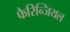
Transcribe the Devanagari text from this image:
फैरिन्जियल